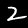
Label: 2